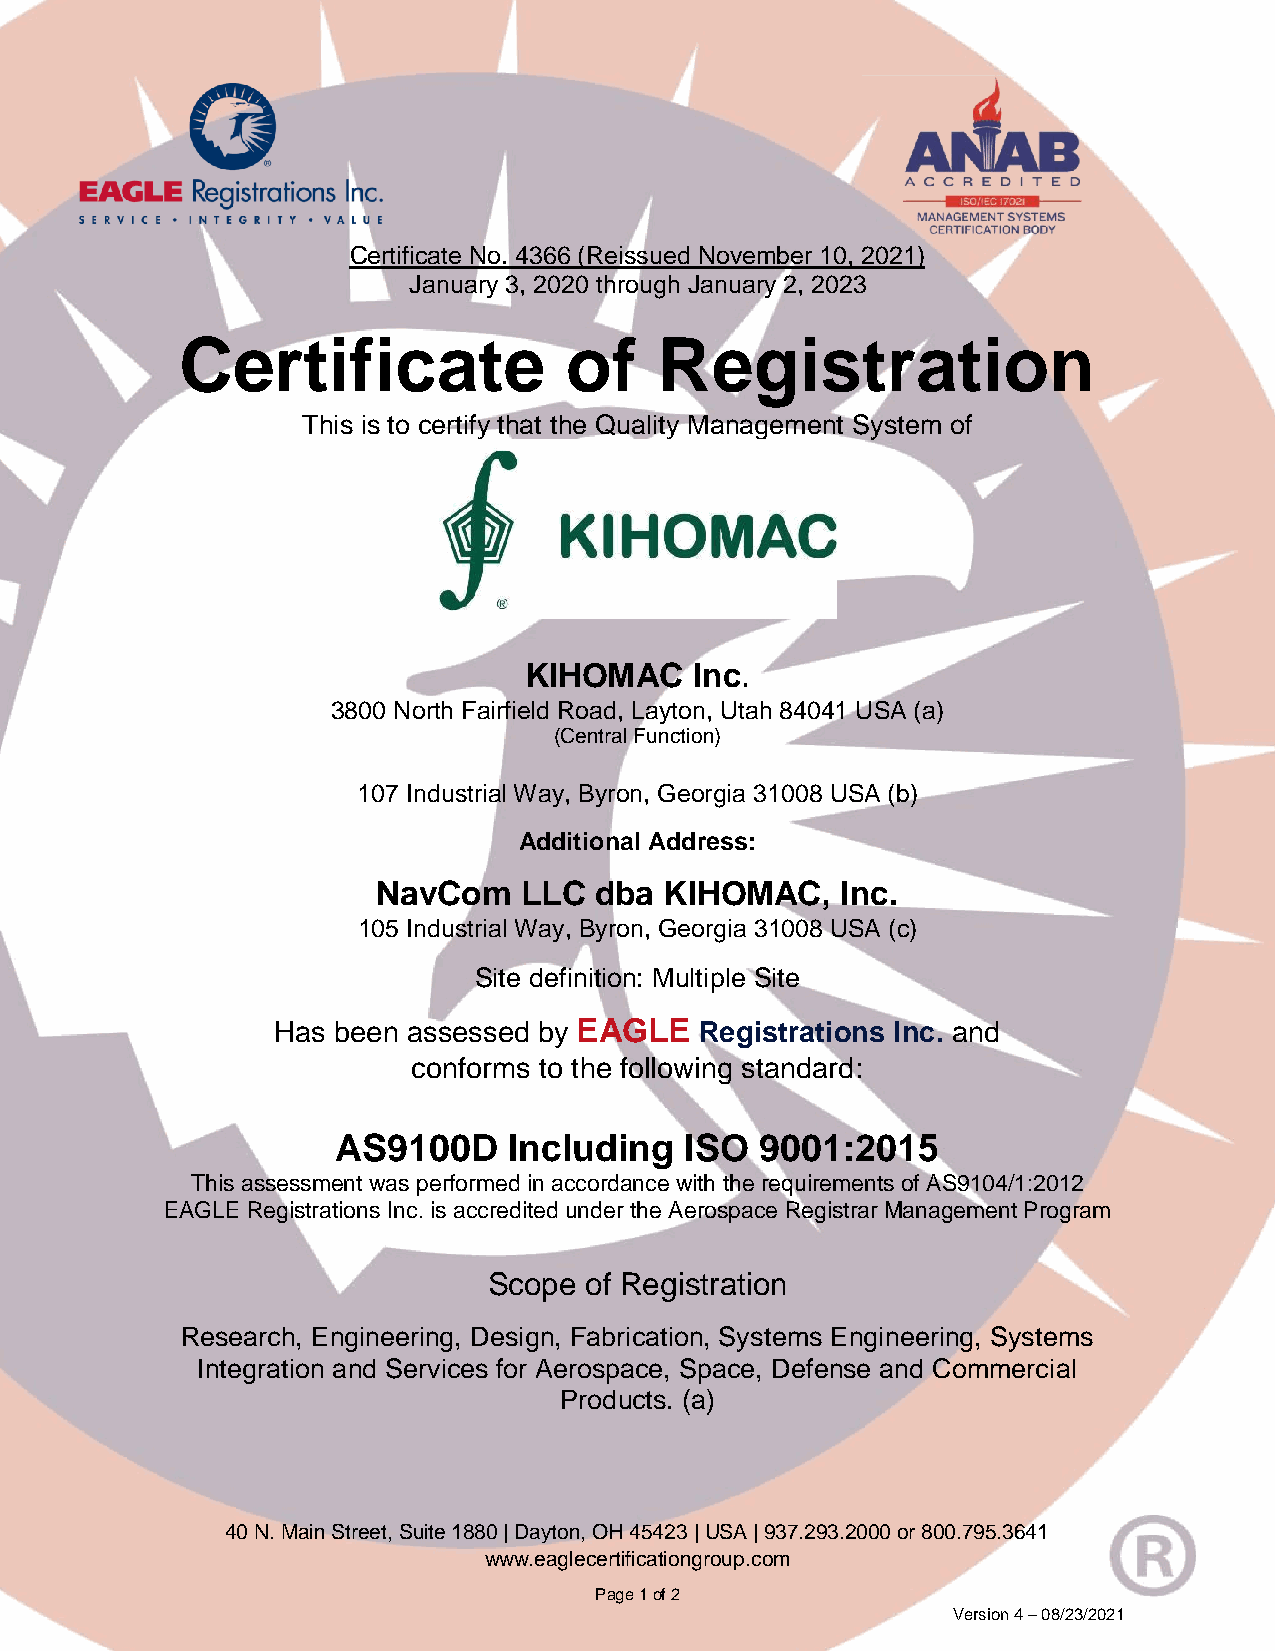
Certificate No. 4366 (Reissued November 10, 2021)
 January 3, 2020 through January 2, 2023
 Certificate              of     Registration
 This is to certify that the Quality Management System of
 KIHOMAC    Inc.
 3800 North Fairfield Road, Layton, Utah 84041 USA (a)
 (Central Function)
 107 Industrial Way, Byron, Georgia 31008 USA (b)
 Additional Address:
 NavCom   LLC  dba  KIHOMAC,    Inc.
 105 Industrial Way, Byron, Georgia 31008 USA (c)
 Site definition: Multiple Site
 Has been assessed by EAGLE  Registrations Inc. and
 conforms to the following standard:
 AS9100D     Including  ISO  9001:2015
 This assessment was performed in accordance with the requirements of AS9104/1:2012
 EAGLE Registrations Inc. is accredited under the Aerospace Registrar Management Program
 Scope  of Registration
 Research, Engineering, Design, Fabrication, Systems Engineering, Systems
 Integration and Services for Aerospace, Space, Defense and Commercial
 Products. (a)
 40 N. Main Street, Suite 1880 | Dayton, OH 45423 | USA | 937.293.2000 or 800.795.3641
 www.eaglecertificationgroup.com
 Page 1 of 2
 Version 4 – 08/23/2021